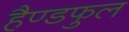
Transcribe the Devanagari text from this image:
हैण्डफुल